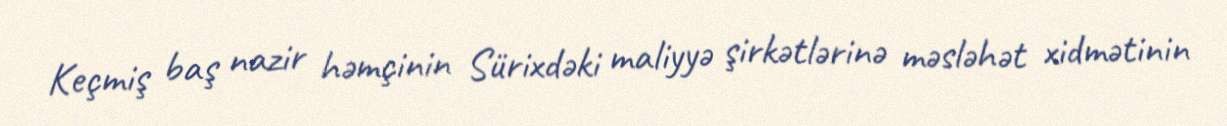
Keçmiş baş nazir həmçinin Sürixdəki maliyyə şirkətlərinə məsləhət xidmətinin